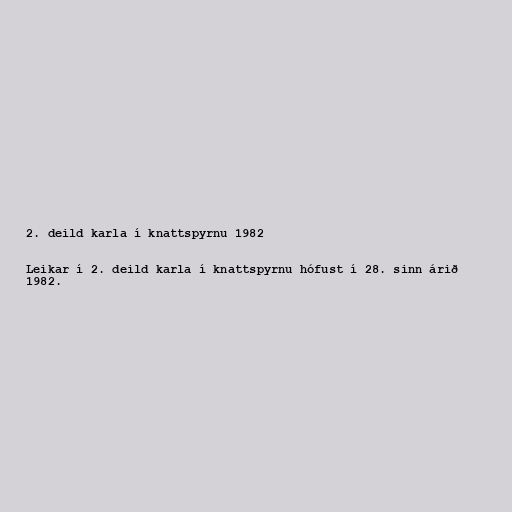
2. deild karla í knattspyrnu 1982

Leikar í 2. deild karla í knattspyrnu hófust í 28. sinn árið
1982.